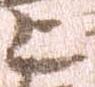
上